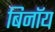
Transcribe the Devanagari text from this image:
बिनॉय